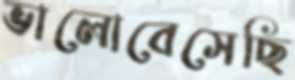
ভালোবেসেছি